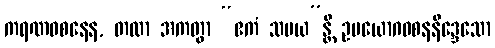
ကရဏဝစနေန, တထာ အကတွာ “ဧကံ သမယ”န္တိ ဥပယောဂဝစနနိဒ္ဒေသော